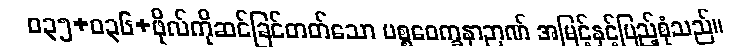
ဝ၃၅+၀၃၆+ဖိုလ်ကိုဆင်ခြင်တတ်သော ပစ္စဝေက္ခနာဉာဏ် အမြင့်နှင့်ပြည့်စုံသည်။